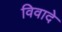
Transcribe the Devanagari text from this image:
विवादे